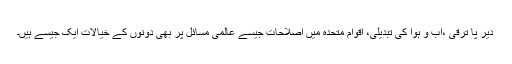
دیر پا ترقی ،آب و ہوا کی تبدیلی، اقوام متحدہ میں اصلاحات جیسے عالمی مسائل پر بھی دونوں کے خیالات ایک جیسے ہیں۔